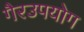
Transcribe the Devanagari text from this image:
गैरउपयोग